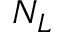
N _ { L }